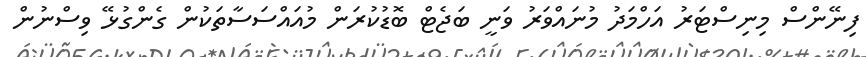
ފިނޭންސް މިނިސްޓަރު އަހްމަދު މުނައްވަރު ވަނީ ބަޖެޓް ބޮޑުކުރަން މުއައްސަސާތަކުން ގެންގުޅޭ ވިސްނުން